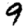
Digit: 9